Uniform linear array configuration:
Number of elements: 12
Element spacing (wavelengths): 0.25
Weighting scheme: uniform
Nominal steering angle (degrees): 60
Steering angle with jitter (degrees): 60.991
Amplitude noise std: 0.05
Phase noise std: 0.05

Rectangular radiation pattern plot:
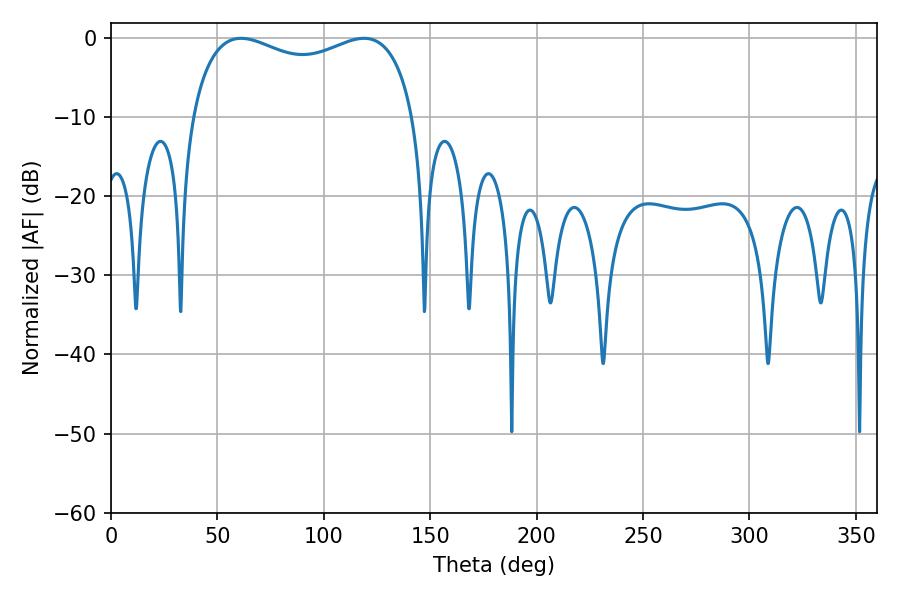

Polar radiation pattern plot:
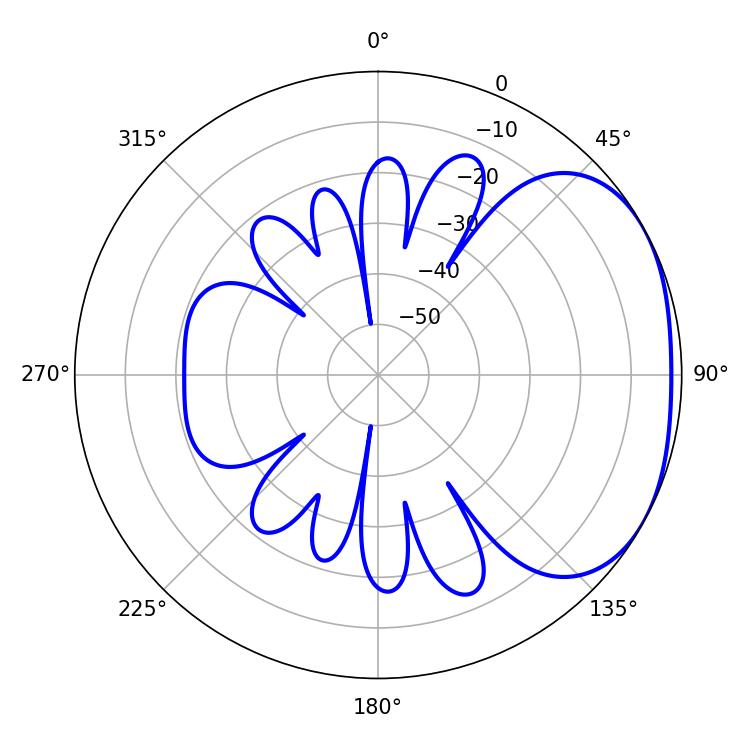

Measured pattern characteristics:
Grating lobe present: FALSE
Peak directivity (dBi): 2.383
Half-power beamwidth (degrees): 86.76
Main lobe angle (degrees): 61.2